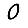
Digit: 0